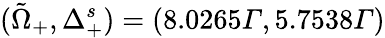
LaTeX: (\tilde{\Omega}_{+},\Delta_{+}^{s})=(8.0265Γ,5.7538Γ)